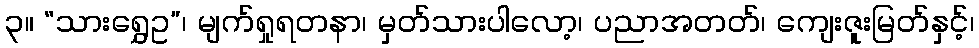
၃။ “သားရွှေဥ”၊ မျက်ရှုရတနာ၊ မှတ်သားပါလော့၊ ပညာအတတ်၊ ကျေးဇူးမြတ်နှင့်၊